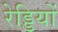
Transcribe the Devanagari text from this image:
रेड्डियों